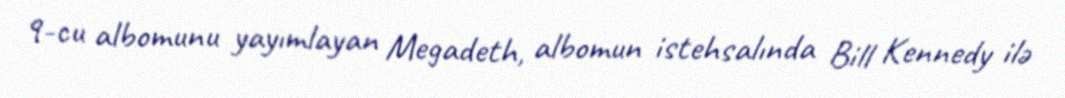
9-cu albomunu yayımlayan Megadeth, albomun istehsalında Bill Kennedy ilə